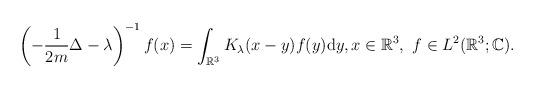
LaTeX: \begin{align*} \left(-\frac{1}{2 m} \Delta - \lambda\right)^{-1} f(x) = \int_{\mathbb{R}^3} K_\lambda(x - y) f(y) \mathrm{d} y, x \in \mathbb{R}^3, ~f \in L^2(\mathbb{R}^3; \mathbb{C}).\end{align*}